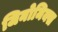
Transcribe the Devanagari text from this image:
जिनोमिक्स